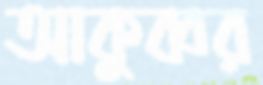
আকুব্বর